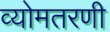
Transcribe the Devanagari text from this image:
व्योमतरणी